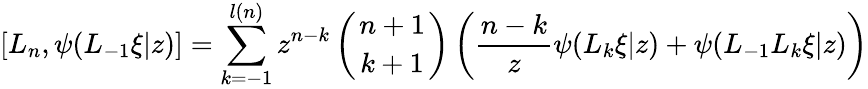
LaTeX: {[}L_{n},\psi(L_{-1}\xi|z){]}=\sum_{k=-1}^{l(n)}z^{n-k}\left({n+1\atop k+1}\right)\left(\frac{n-k}{z}\psi(L_{k}\xi|z)+\psi(L_{-1}L_{k}\xi|z)\right)